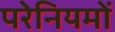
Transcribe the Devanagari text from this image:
परेनियमों